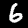
Label: 6